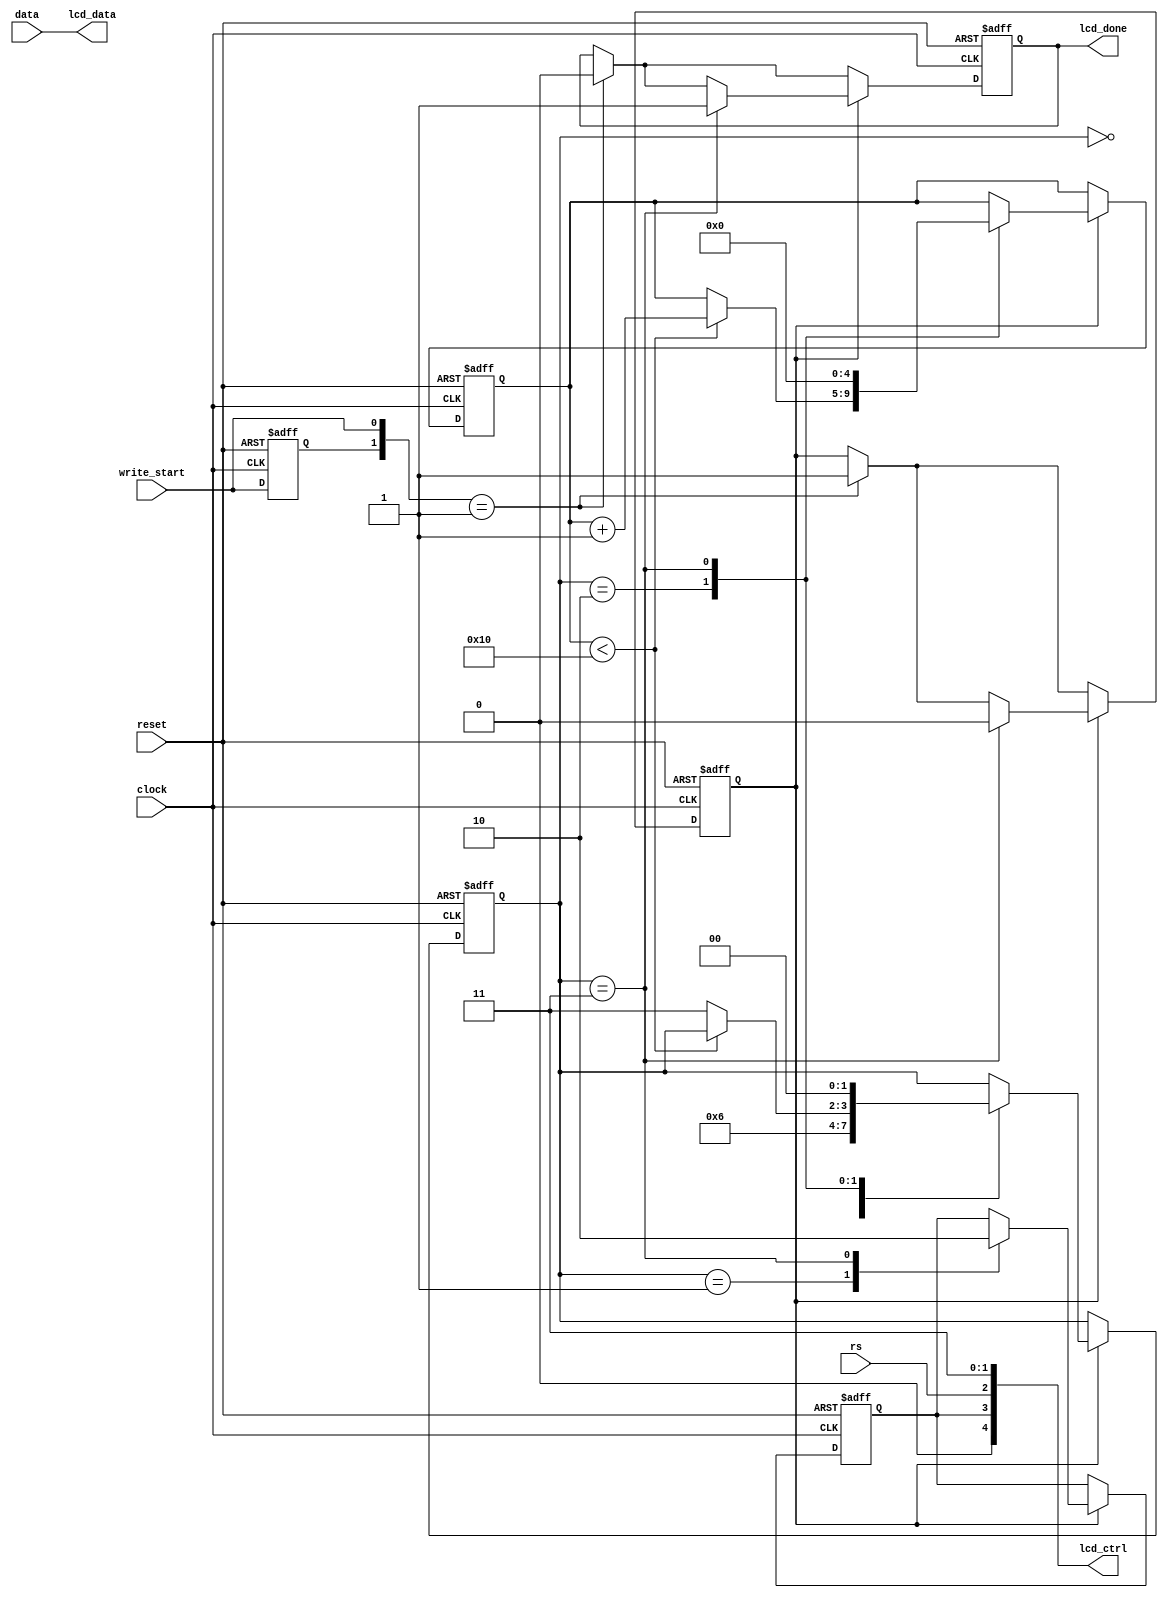
module lcd_controller (
	input					clock,
	input					reset,
	input			[7:0]	data,
	input					rs,
	input					write_start,
	output reg			lcd_done,
	output		[7:0]	lcd_data,
	output		[4:0]	lcd_ctrl
);
	parameter	SUSTAINED_PULSES	=	16;
	reg		[4:0]	pulse_counter;
	reg		[1:0]	state;
	reg				reg_pre_start, reg_start;
	reg				reg_lcd_en;
	assign	lcd_data	=	data;
	assign	lcd_ctrl = {1'b0, reg_lcd_en, rs, 1'b1, 1'b1};
	parameter	[1:0]	WAIT			= 2'd0,
							BEGIN			= 2'd1,
							HOLD_DATA	= 2'd2,
							END			= 2'd3;
	always@(posedge clock or negedge reset) begin
		if (!reset) begin
			lcd_done			<=	1'b0;
			reg_lcd_en		<=	1'b0;
			reg_pre_start	<=	1'b0;
			reg_start		<=	1'b0;
			pulse_counter	<=	5'd0;
			state				<=	WAIT;
		end
		else begin
			reg_pre_start <= write_start;
			if ({reg_pre_start,write_start} == 2'b01) begin
				reg_start	<=	1'b1;
				lcd_done		<=	1'b0;
			end
			if (reg_start) begin
				case(state)
				WAIT:	begin
					state	<=	BEGIN;
				end
				BEGIN: begin
					reg_lcd_en	<=	1'b1;
					state			<=	HOLD_DATA;
				end
				HOLD_DATA:	begin					
					if(pulse_counter < SUSTAINED_PULSES)
						pulse_counter	<=	pulse_counter+5'd1;
					else
						state				<=	END;
				end
				END:	begin
					reg_lcd_en		<=	1'b0;
					reg_start		<=	1'b0;
					lcd_done			<=	1'b1;
					pulse_counter	<=	0;
					state				<=	WAIT;
				end
				endcase
			end
		end
	end
endmodule